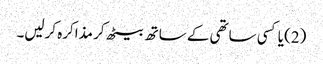
(2) یا کسی ساتھی کے ساتھ بیٹھ کر مذاکرہ کرلیں۔